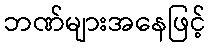
ဘဏ်များအနေဖြင့်